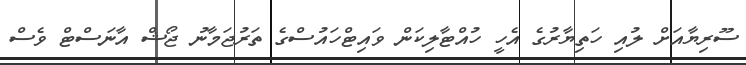
ސޫރިޔާއަށް ލުއި ހަތިޔާރުގެ އެހީ ހުއްޓާލިކަން ވައިޓްހައުސްގެ ތަރުޖަމާނު ޖޯޝް އާނަސްޓް ވެސް